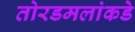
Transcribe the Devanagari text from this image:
तोरडमलांकडे